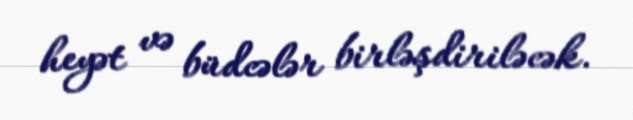
heyət və büdcələr birləşdiriləcək.